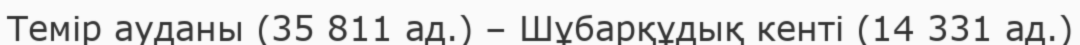
Темір ауданы (35 811 ад.) – Шұбарқұдық кенті (14 331 ад.)